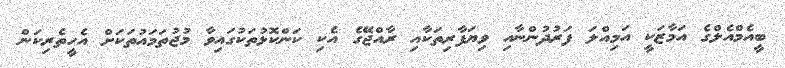
ބީއެމްއެލްގެ އަމާޒަކީ އަމިއްލަ ފަރުދުންނާއި ވިޔަފާރިތަކާއި ރާއްޖޭގެ އެކި ކަންކޮޅުތަކުގައިވާ މުޖުތަމައުތަކަށް އެހީތެރިކަން